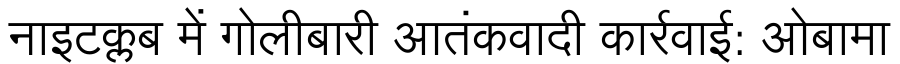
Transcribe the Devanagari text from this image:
नाइटक्लब में गोलीबारी आतंकवादी कार्रवाई: ओबामा